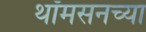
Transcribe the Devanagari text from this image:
थॉमसनच्या